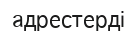
адрестерді